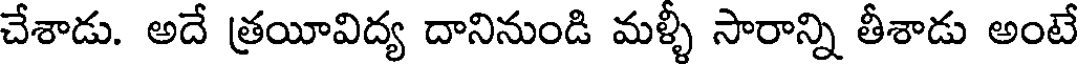
చేశాడు. అదే త్రయీవిద్య దానినుండి మళ్ళీ సారాన్ని తీశాడు అంటే